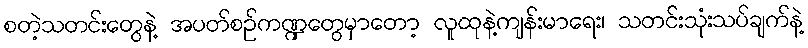
စတဲ့သတင်းတွေနဲ့ အပတ်စဉ်ကဏ္ဍတွေမှာတော့ လူထုနဲ့ကျန်းမာရေး၊ သတင်းသုံးသပ်ချက်နဲ့